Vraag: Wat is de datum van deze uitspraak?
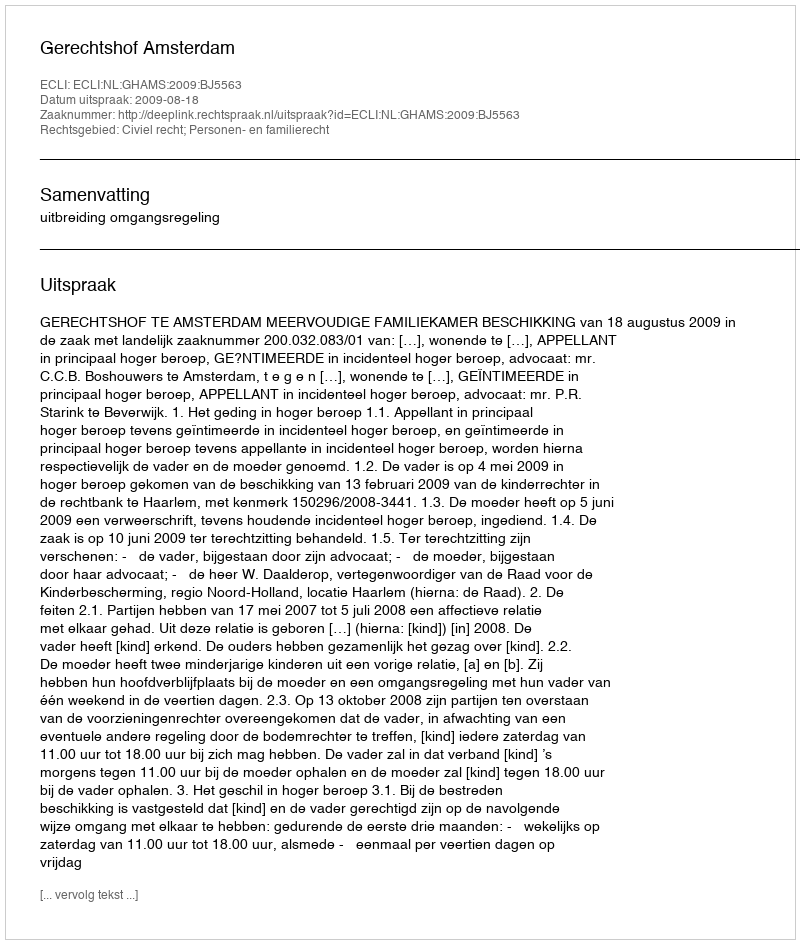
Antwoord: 2009-08-18